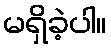
မရှိခဲ့ပါ။